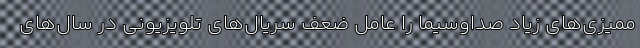
ممیزی‌های زیاد صداوسیما را عامل ضعف سریال‌های تلویزیونی در سال‌های